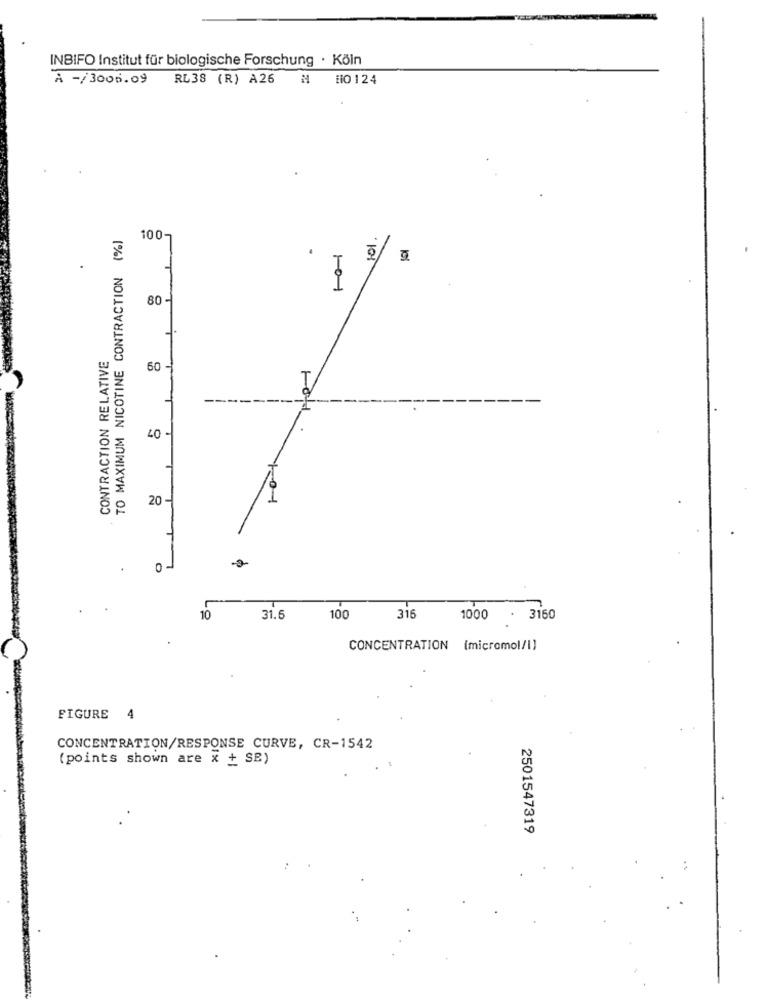
INBIFO Institut für biologische Forschung · Köln
À -/3000.09 RL38 (R) A26 & #0124
TO MAXIMUM NICOTINE CONTRACTION (%)
100-
.101
-- 1
80 -
CONTRACTION RELATIVE
60-
T
---
40
20-
10-1
10
31.6
100
316
1000
3160
CONCENTRATION (micromol/l)
FIGURE 4
CONCENTRATION/RESPONSE CURVE, CR-1542
(points shown are x + SE)
2501547319